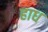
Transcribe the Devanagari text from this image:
हाध